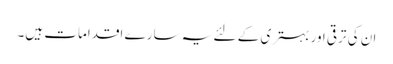
ان کی ترقی اور بہتری کے لئے یہ سارے اقدامات ہیں۔